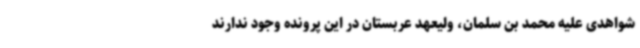
شواهدی علیه محمد بن سلمان، ولیعهد عربستان در این پرونده وجود ندارند